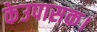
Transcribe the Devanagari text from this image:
केउपासक।